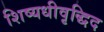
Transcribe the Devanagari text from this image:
शिष्यधीवृद्धिद